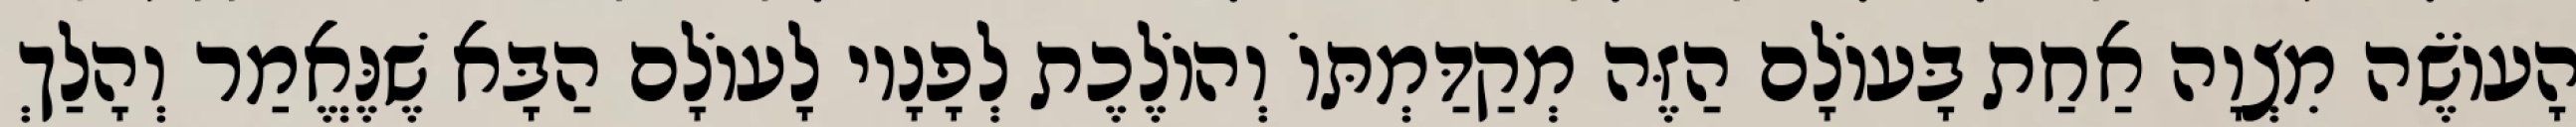
הָעוֹשֶׂה מִצְוָה אַחַת בָּעוֹלָם הַזֶּה מְקַדַּמְתּוֹ וְהוֹלֶכֶת לְפָנָיו לָעוֹלָם הַבָּא שֶׁנֶּאֱמַר וְהָלַךְ